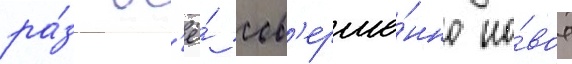
ра́з вс'ё́ сов'ерше́нно но́вое